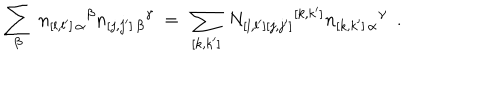
\sum _ { \beta } \ n _ { [ l , l ^ { \prime } ] \, \alpha } { } ^ { \beta } n _ { [ j , j ^ { \prime } ] \, \beta } { } ^ { \gamma } \ = \ \sum _ { [ k , k ^ { \prime } ] } \ N _ { [ l , l ^ { \prime } ] [ j , j ^ { \prime } ] } { } ^ { [ k , k ^ { \prime } ] } n _ { [ k , k ^ { \prime } ] \, \alpha } { } ^ { \gamma } \ \ .